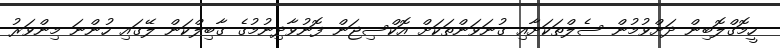
ހީމޮގްލޮބިން ދަށްވުމުން ސެލްތަކަށާއި ގުނަވަންތަކަށް އޮކްސިޖަން ފޮނުވާދިނުމުގެ ގާބިލްކަން ލޭގައި ހުންނަ މިންވަރު